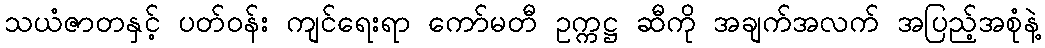
သယံဇာတနှင့် ပတ်ဝန်း ကျင်ရေးရာ ကော်မတီ ဥက္ကဋ္ဌ ဆီကို အချက်အလက် အပြည့်အစုံနဲ့